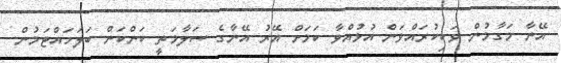
އޭނާ މަގާމުން ވަކިކުރައްވަން އުޅުއްވާ ކަމަށް އޭރު އޭނާގެ ސަލާމަތީ ކަންކަން ބަލަހައްޓަމުން